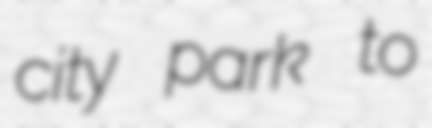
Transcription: city park to